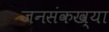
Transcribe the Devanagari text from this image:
जनसंकख्या